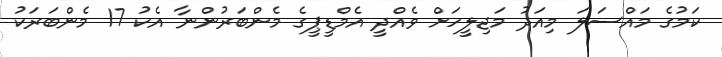
ކަމުގެ މައްސަލަ މިއަދު މަޖިލީހަށް ވެއްދީ އެމްޑީޕީގެ މެންބަރުންނާ އެކު 17 މެންބަރަކު